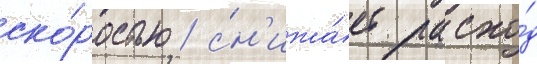
ско́ростью / сн'ижа́ет расхо́д